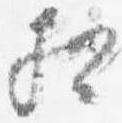
相